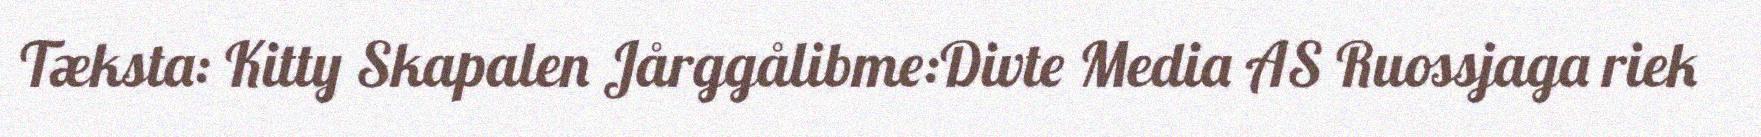
Tæksta: Kitty Skapalen Jårggålibme:Divte Media AS Ruossjaga riek